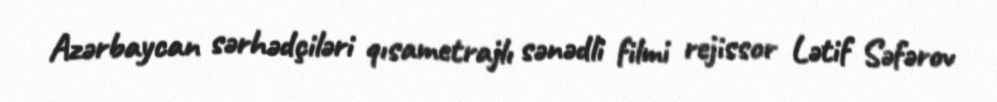
Azərbaycan sərhədçiləri qısametrajlı sənədli filmi rejissor Lətif Səfərov